Leaving Certificate Examination, 1912
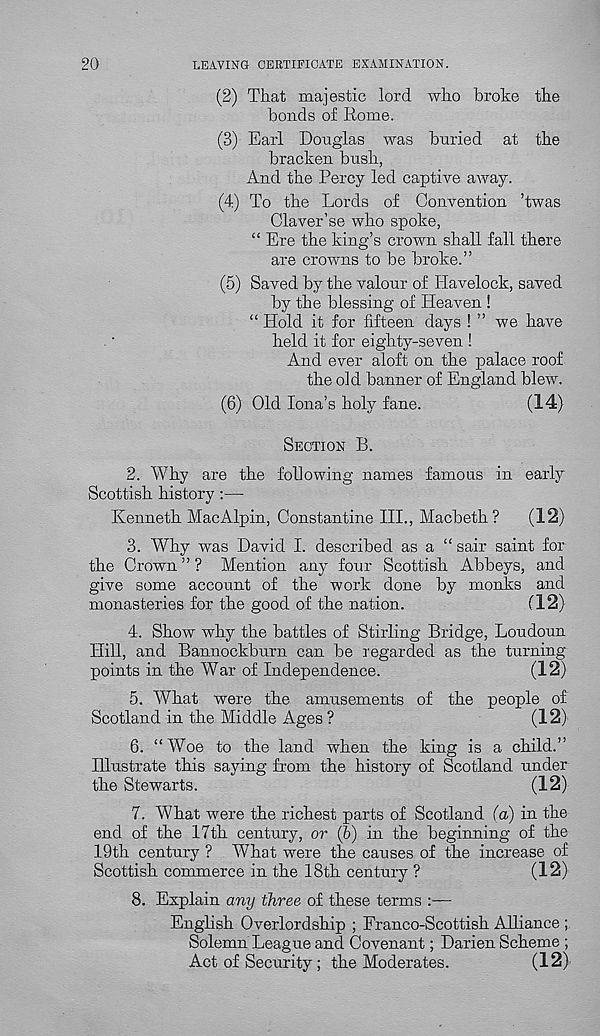
20
LEAVING CERTIFICATE EXAMINATION.
(2) That majestic lord who broke the
bonds of Rome.
(3) Earl Douglas was buried at the
bracken bush,
And the Percy led captive away.
(4) To the Lords of Convention ’twas
Claver’se who spoke,
“ Ere the king’s crown shall fall there
are crowns to be broke.”
(5) Saved by the valour of Havelock, saved
by the blessing of Heaven !
“ Hold it for fifteen days ! ” we have
held it for eighty-seven !
And ever aloft on the palace roof
the old banner of England blew.
(6) Old Iona’s holy fane.
(14)
SECTION B.
2. Why are the following names famous in early
Scottish history:—
Kenneth MacAlpin, Constantine III., Macbeth?
(12)
3. Why was David I. described as a “ sair saint for
the Crown ” ? Mention any four Scottish Abbeys, and
give some account of the work done by monks and
monasteries for the good of the nation.
(12)
4. Show why the battles of Stirling Bridge, Loudoun
Hill, and Bannockburn can be regarded as the turning-
points in the War of Independence.
(12)
5. What were the amusements of the people of
Scotland in the Middle Ages ?
(12)
6. “ Woe to the land when the king is a child.”
Illustrate this saying from the history of Scotland under
the Stewarts.
(12)
7. What were the richest parts of Scotland (a) in the
end of the 17th century, or (6) in the beginning of the
19th century ? What were the causes of the increase of
Scottish commerce in the 18th century ?
(12)
8. Explain any three of these terms :—
English Overlordship ; Franco-Scottish Alliance ;
Solemn League and Covenant; Darien Scheme ;
Act of Security ; the Moderates.
(12)